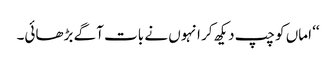
‘‘ اماں کو چپ دیکھ کر انہوں نے بات آگے بڑھائی۔